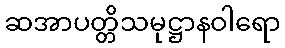
ဆအာပတ္တိသမုဋ္ဌာနဝါရော